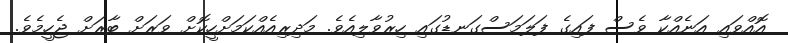
އޮއްވައި އަނެއްކާ ވެސް ފައިގެ ފަލަމަސްގަނޑުގައި ހިރުވާލިއެވެ. މަދިރިއެއްކަމަށްހީކޮށް ވަރަށް ބާރަށް ޖެހީމެވެ.